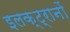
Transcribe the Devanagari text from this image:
इलक्ट्रानों